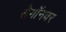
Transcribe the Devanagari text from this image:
सैगॉनवर